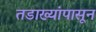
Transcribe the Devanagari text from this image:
तडाख्यांपासून